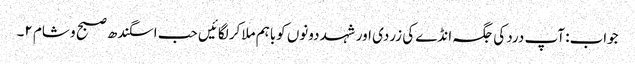
جواب: آپ درد کی جگہ انڈے کی زردی اور شہد دونوں کوباہم ملاکر لگائیں حب اسگندھ صبح و شام ۲۔